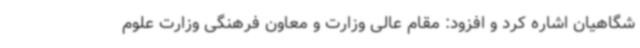
شگاهیان اشاره کرد و افزود: مقام عالی وزارت و معاون فرهنگی وزارت علوم